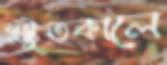
প্রস্তুতকালে